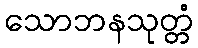
သောဘနသုတ္တံ